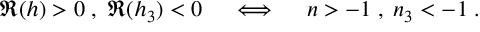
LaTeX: \Re ( h ) > 0 \; , \; \Re ( h _ { 3 } ) < 0 \quad \iff \quad n > - 1 \; , \; n _ { 3 } < - 1 \; .